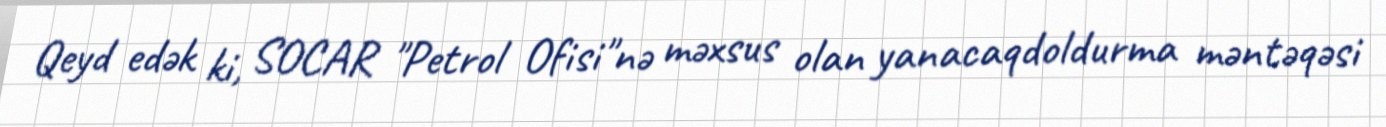
Qeyd edək ki, SOCAR "Petrol Ofisi"nə məxsus olan yanacaqdoldurma məntəqəsi